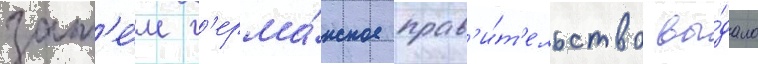
зат'е́м г'ерма́нское прав'и́т'ельство вы́дало